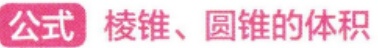
公式 棱锥、圆锥的体积